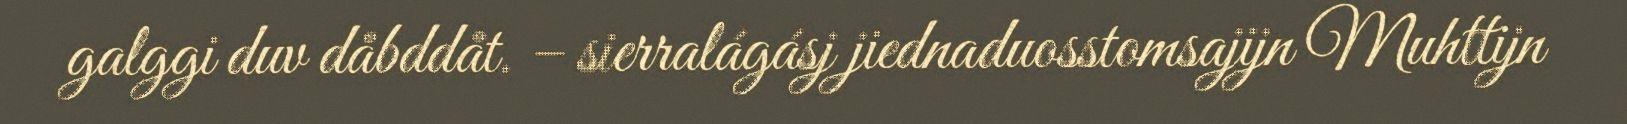
galggi duv dåbddåt. – sierralágásj jiednaduosstomsajijn Muhttijn